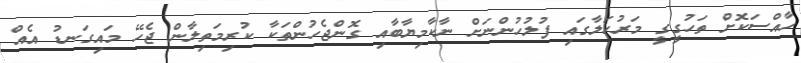
ހާއްސަކޮށް ތަހުގީގީ މަރުހަލާގައި ފުލުހުންނަށް ނާކާމިޔާބާއި ގޮންޖެހުންތަކާ ކުރިމަތިލާން ޖެހޭ މައިގަނޑު އެއް